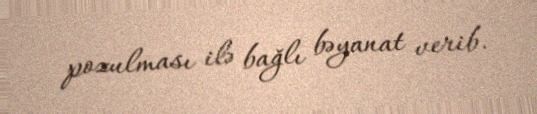
pozulması ilə bağlı bəyanat verib.